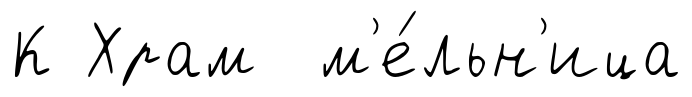
К Храм м'е́льн'ица